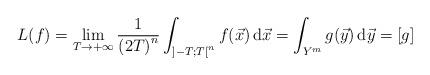
LaTeX: \begin{align*}L(f) = \lim_{T\to + \infty} \frac{1}{{(2T)}^n}\int_{{]-T;T[}^n} f(\vec{x}) \, \mathrm{d}\vec{x} = \int_{Y^m} g(\vec{y}) \, \mathrm{d}\vec{y} = [g] \end{align*}